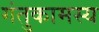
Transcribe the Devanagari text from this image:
गंतुकामस्य